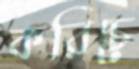
করিচে